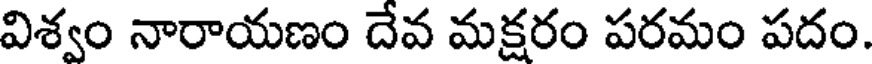
విశ్వం నారాయణం దేవ మక్షరం పరమం పదం.